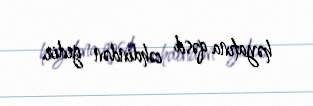
həyatına qəsd cəhdindən gedir.